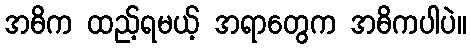
အဓိက ထည့်ရမယ့် အရာတွေက အဓိကပါပဲ။